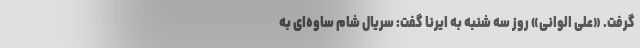
گرفت. «علی الوانی» روز سه شنبه به ایرنا گفت: سریال شام ساوه‌ای به